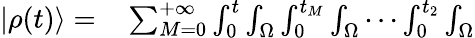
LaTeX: \begin{array}{rl}{|\rho(t)\rangle=}&{{}\sum_{M=0}^{+\infty}\int_{0}^{t}\int_{\Omega}\int_{0}^{t_{M}}\int_{\Omega}\cdots\int_{0}^{t_{2}}\int_{\Omega}}\end{array}